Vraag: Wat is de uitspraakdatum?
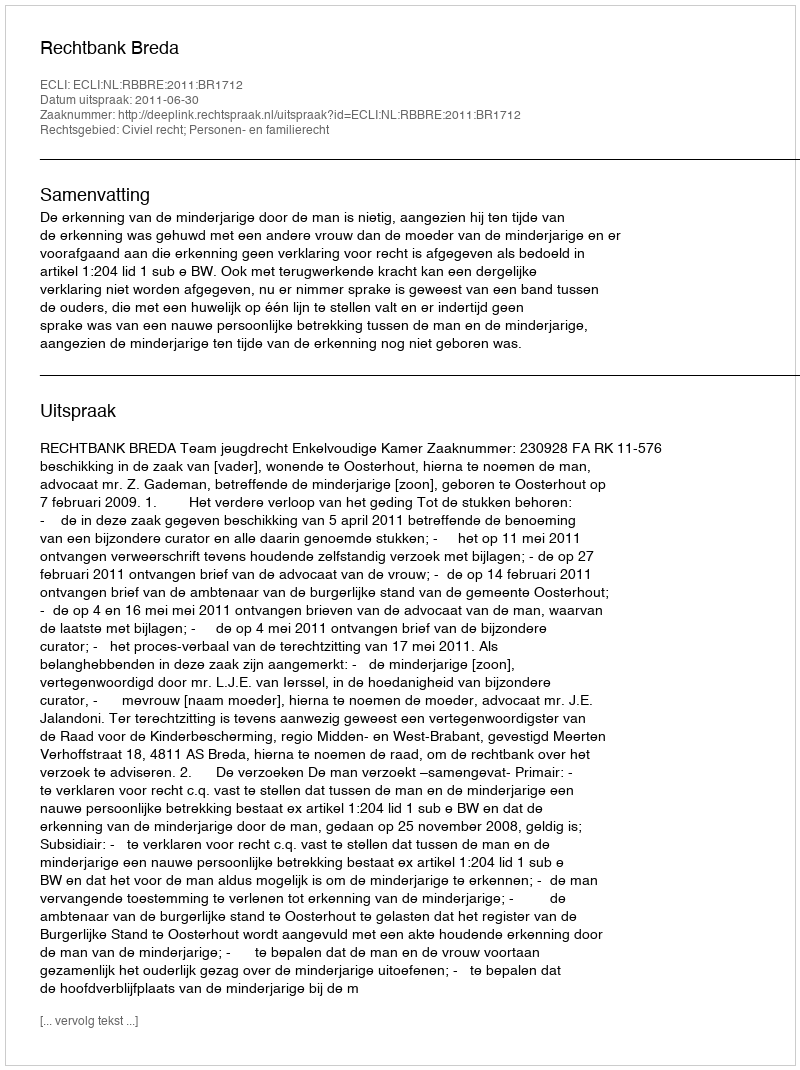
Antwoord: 2011-06-30